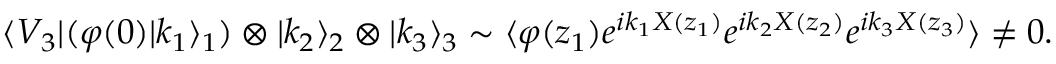
\langle V _ { 3 } | ( \varphi ( 0 ) | k _ { 1 } \rangle _ { 1 } ) \otimes | k _ { 2 } \rangle _ { 2 } \otimes | k _ { 3 } \rangle _ { 3 } \sim \langle \varphi ( z _ { 1 } ) e ^ { i k _ { 1 } X ( z _ { 1 } ) } e ^ { i k _ { 2 } X ( z _ { 2 } ) } e ^ { i k _ { 3 } X ( z _ { 3 } ) } \rangle \neq 0 .